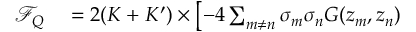
\begin{array} { r l } { \mathcal F _ { Q } } & { { } = 2 ( K + K ^ { \prime } ) \times \left[ - 4 \sum _ { m \neq n } \sigma _ { m } \sigma _ { n } G ( z _ { m } , z _ { n } ) \right. } \end{array}